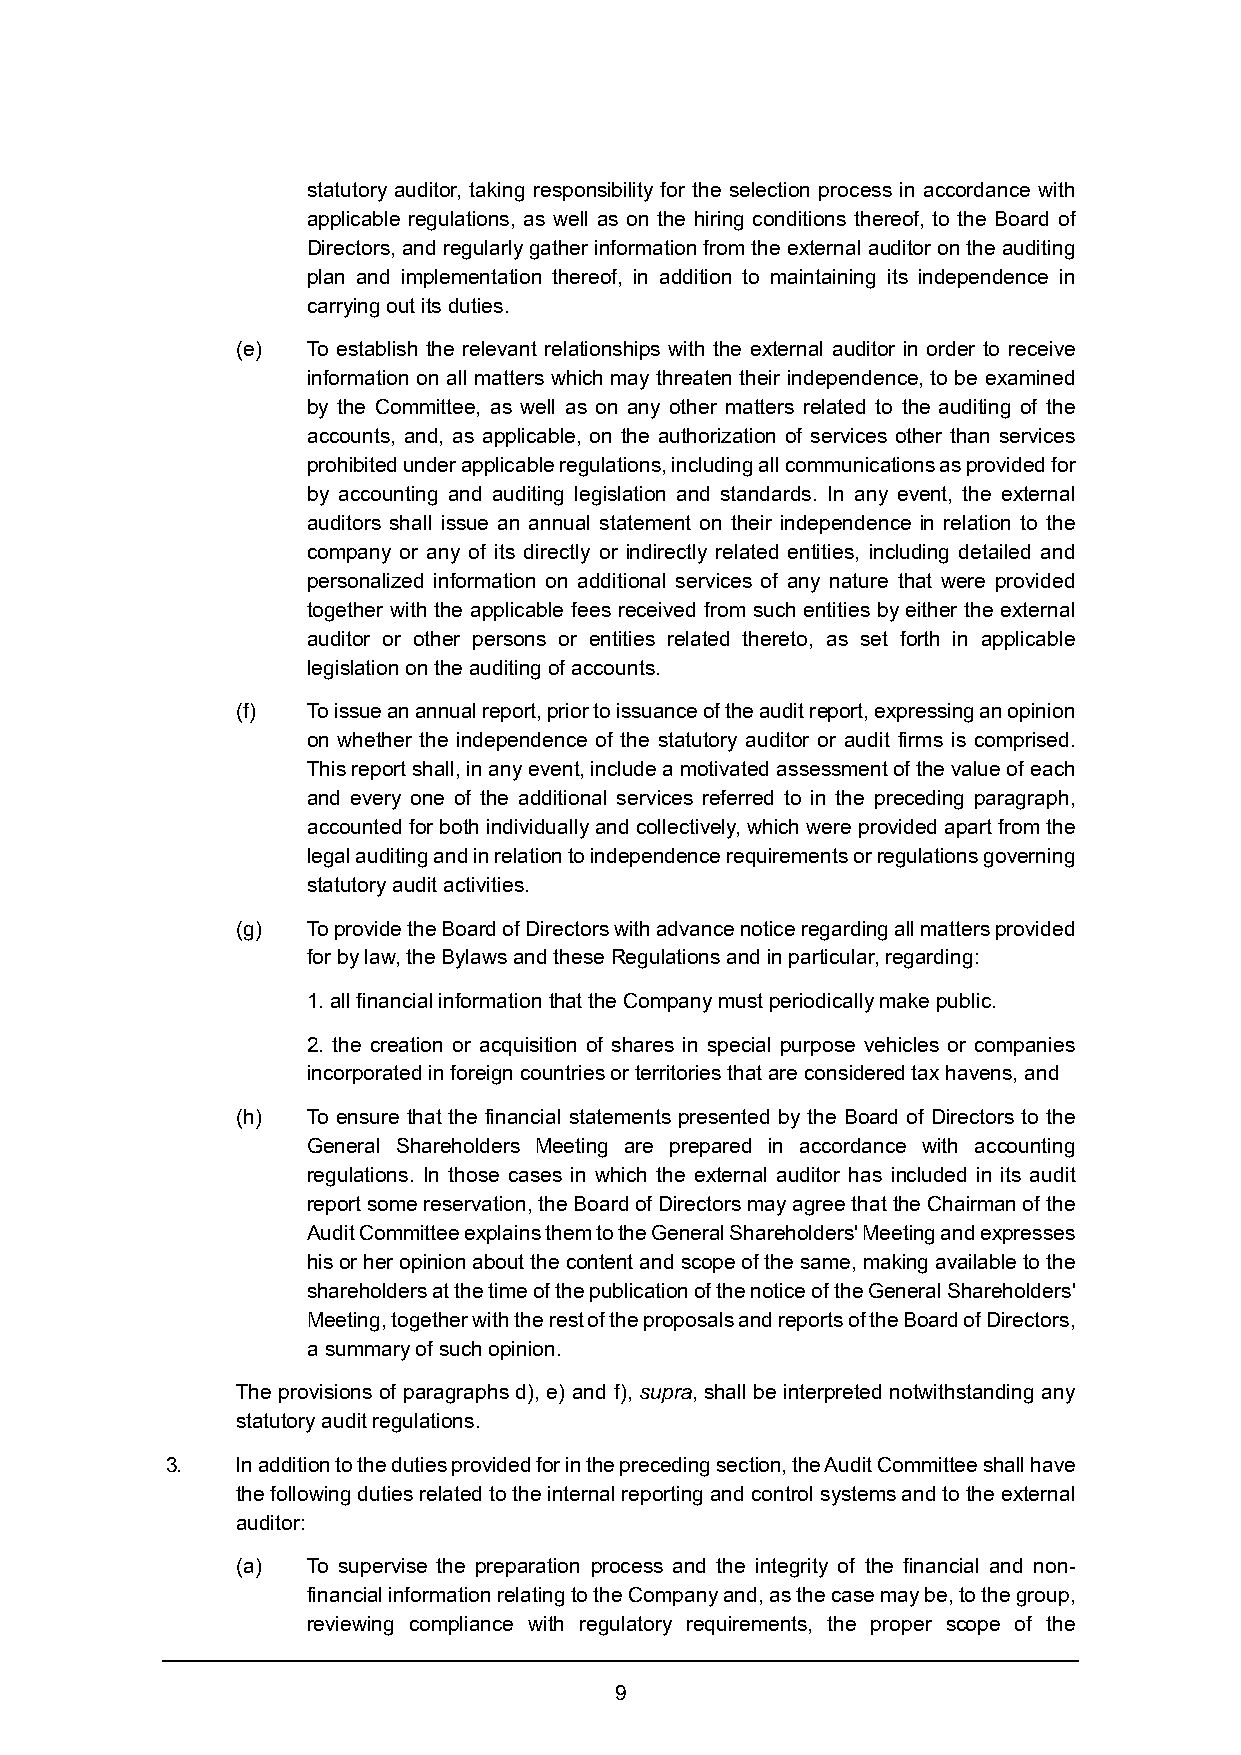
statutory auditor, taking responsibility for the selection process in accordance with
 applicable regulations, as well as on the hiring conditions thereof, to the Board of
 Directors, and regularly gather information from the external auditor on the auditing
 plan and implementation thereof, in addition to maintaining its independence in
 carrying out its duties.
 (e) To establish the relevant relationships with the external auditor in order to receive
 information on all matters which may threaten their independence, to be examined
 by the Committee, as well as on any other matters related to the auditing of the
 accounts, and, as applicable, on the authorization of services other than services
 prohibited under applicable regulations, including all communications as provided for
 by accounting and auditing legislation and standards. In any event, the external
 auditors shall issue an annual statement on their independence in relation to the
 company or any of its directly or indirectly related entities, including detailed and
 personalized information on additional services of any nature that were provided
 together with the applicable fees received from such entities by either the external
 auditor or other persons or entities related thereto, as set forth in applicable
 legislation on the auditing of accounts.
 (f) To issue an annual report, prior to issuance of the audit report, expressing an opinion
 on whether the independence of the statutory auditor or audit firms is comprised.
 This report shall, in any event, include a motivated assessment of the value of each
 and every one of the additional services referred to in the preceding paragraph,
 accounted for both individually and collectively, which were provided apart from the
 legal auditing and in relation to independence requirements or regulations governing
 statutory audit activities.
 (g) To provide the Board of Directors with advance notice regarding all matters provided
 for by law, the Bylaws and these Regulations and in particular, regarding:
 1. all financial information that the Company must periodically make public.
 2. the creation or acquisition of shares in special purpose vehicles or companies
 incorporated in foreign countries or territories that are considered tax havens, and
 (h) To ensure that the financial statements presented by the Board of Directors to the
 General Shareholders Meeting are prepared in accordance with accounting
 regulations. In those cases in which the external auditor has included in its audit
 report some reservation, the Board of Directors may agree that the Chairman of the
 Audit Committee explains them to the General Shareholders' Meeting and expresses
 his or her opinion about the content and scope of the same, making available to the
 shareholders at the time of the publication of the notice of the General Shareholders'
 Meeting, together with the rest of the proposals and reports of the Board of Directors,
 a summary of such opinion.
 The provisions of paragraphs d), e) and f), supra, shall be interpreted notwithstanding any
 statutory audit regulations.
 3.   In addition to the duties provided for in the preceding section, the Audit Committee shall have
 the following duties related to the internal reporting and control systems and to the external
 auditor:
 (a) To supervise the preparation process and the integrity of the financial and non-
 financial information relating to the Company and, as the case may be, to the group,
 reviewing compliance with regulatory requirements, the proper scope of the
 9